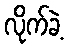
လိုက်ခဲ့